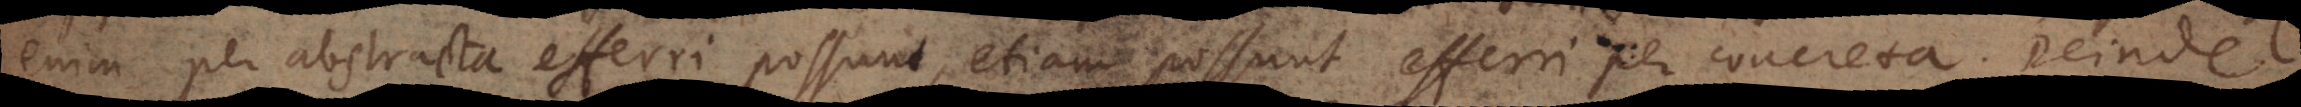
enim per abstracta efferri possunt, etiam possunt efferri per concreta. Deinde